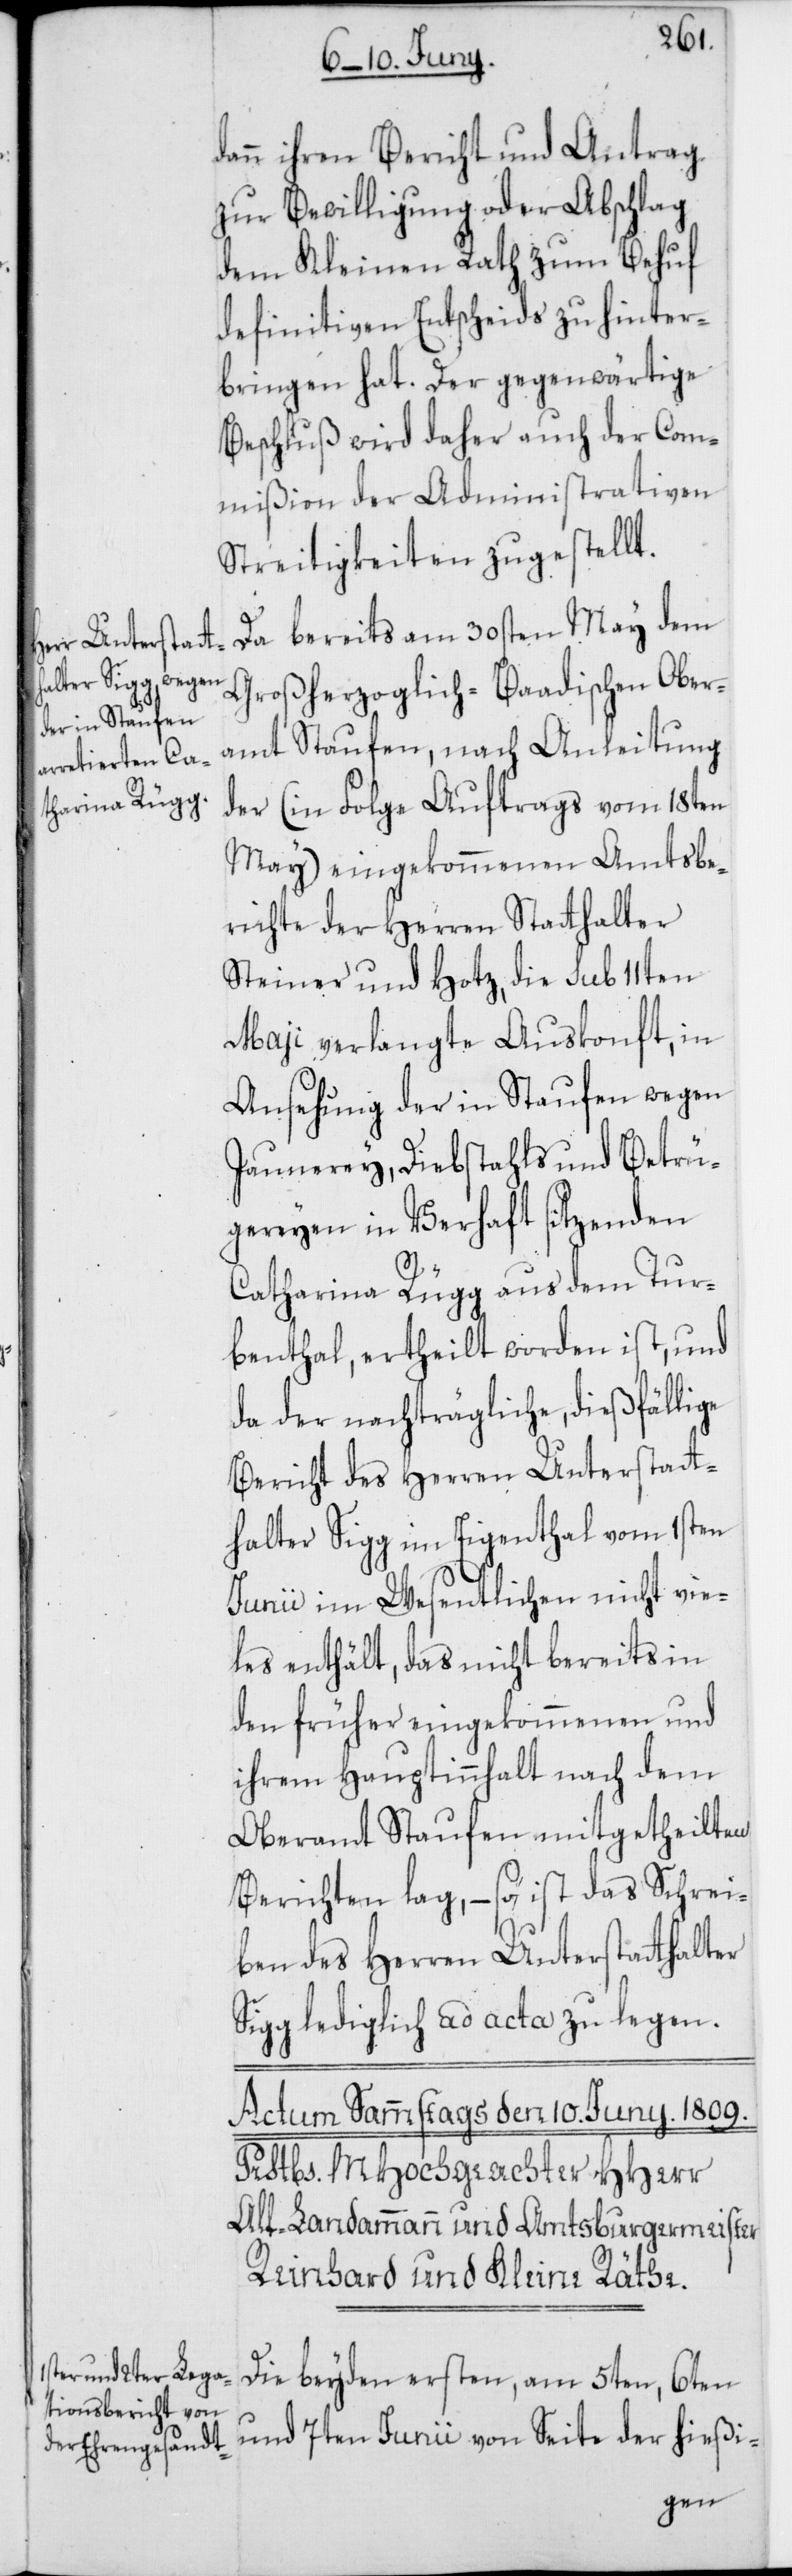
dann ihren Bericht und Antrag
zur Bewilligung oder Abschlag
dem Kleinen Rath zum Behuf
definitiven Entscheids zu hinter¬
bringen hat. Der gegenwärtige
Beschluß wird daher auch der Com¬
mißion der Administrativen
Streitigkeiten zugestellt.
Da bereits am 30sten May dem
Großherzoglich-Baadischen Ober¬
amt Staufen, nach Anleitung
der (in Folge Auftrags vom 18ten
May) eingekommenen Amtsbe¬
richte der Herren Stathalter
Steiner und Hotz, die sub 11ten
Maji verlangte Auskonft, in
Ansehung der in Staufen wegen
Jaunerey, Diebstahls und Betrü¬
gereyen in Verhaft sitzenden
Catharina Rüegg aus dem Tur¬
benthal, ertheilt worden ist, und
da der nachträgliche dießfällige
Bericht des Herren Unterstatt¬
halter Sigg im Eigenthal vom 1sten
Junii im Wesentlichen nicht vie¬
les enthält, das nicht bereits in
den früher eingekommenen und
ihrem Hauptinhalt nach dem
Oberamt Staufen mitgetheilten
Berichten lag, – so ist das Schrei¬
ben des Herren Unterstatthalter
Sigg lediglich ad acta zu legen.
Die beyden ersten, am 5ten, 6ten
und 7ten Junii von Seite der hießi-